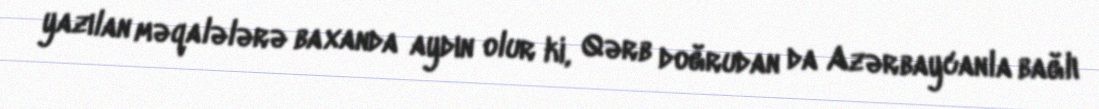
yazılan məqalələrə baxanda aydın olur ki, Qərb doğrudan da Azərbaycanla bağlı